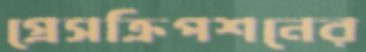
প্রেসক্রিপশনের